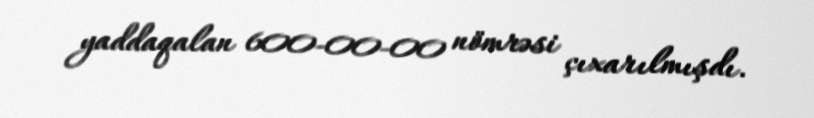
yaddaqalan 600-00-00 nömrəsi çıxarılmışdı.